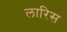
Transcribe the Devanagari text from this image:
लारिस